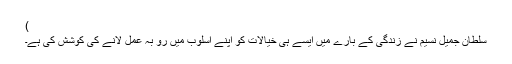
)
سلطان جمیل نسیم نے زندگی کے بارے میں ایسے ہی خیالات کو اپنے اسلوب میں رو بہ عمل لانے کی کوشش کی ہے۔